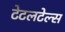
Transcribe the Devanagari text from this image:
टेटलटेल्स